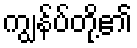
ကျွန်ပ်တို့၏